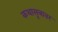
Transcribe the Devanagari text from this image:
कथासूत्रावर